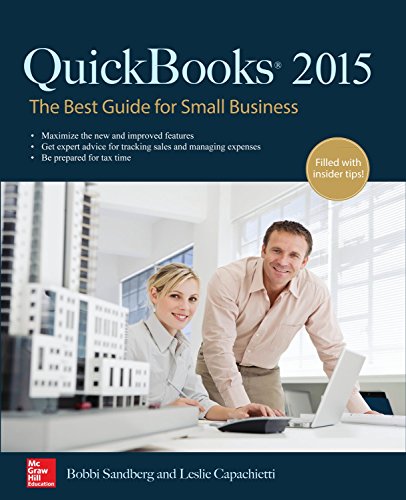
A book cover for QuickBooks 2015: The Best Guide for Small Business; Bobbi Sandberg; Computers & Technology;